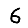
Digit: 6